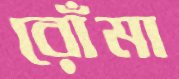
রোঁমা